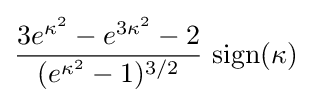
{\frac {3e^{\kappa ^{2}}-e^{3\kappa ^{2}}-2}{(e^{\kappa ^{2}}-1)^{3/2}}}{\text{ sign}}(\kappa )